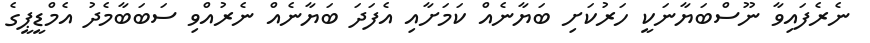
ނެރެފައިވާ ނޫސްބަޔާނަކީ ހަރުކަށި ބަޔާނެއް ކަމަށާއި އެފަދަ ބަޔާނެއް ނެރުއްވި ސަބަބާމެދު އެމްޑީޕީގެ